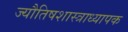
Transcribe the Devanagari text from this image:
ज्यौतिषशास्त्राध्यापक